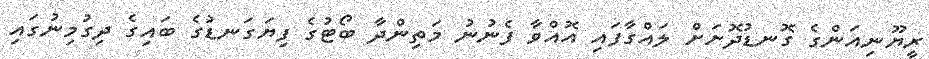
ރީޔޫނިއަންގެ ގޮނޑުދޮށަށް ލައްގާފައި އޮއްވާ ފެނުނު މަތިންދާ ބޯޓުގެ ފިޔަގަނޑުގެ ބައިގެ ދިގުމިނުގައި